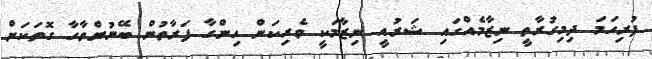
ފުރިހަމަ ދިމިގުރާތީ ނިޒާމެއްގައި ޝަރުއީ ނިޒާމަކީ ވެރިކަން ހިންގާ ފަރާތުން ބޭނުންވާހާ ގޮތަކަށް